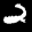
Label: 2